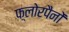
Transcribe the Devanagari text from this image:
फ़्लोरपैनों